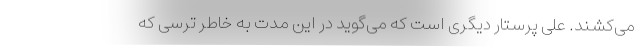
می‌کشند. علی پرستار دیگری است که می‌گوید در این مدت به خاطر ترسی که